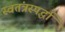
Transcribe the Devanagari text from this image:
स्वतंत्रस्पर्द्धा